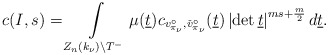
\begin{align*}c(I,s)=\int \limits _{Z_n(k_\nu)\backslash T^-}\mu(\underline{t})c_{v_{\pi_{\nu}}^\circ,\check{v}_{\pi_{\nu}}^{\circ}}(\underline{t})\left|\det \underline{t}\right|^{ms+\frac{m}{2}}d\underline{t}.\end{align*}